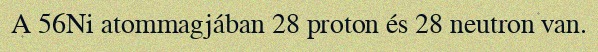
A 56Ni atommagjában 28 proton és 28 neutron van.